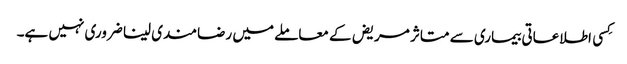
کِسی اطلاعاتی بیماری سے متاثر مریض کے معاملے میں رضامندی لینا ضروری نہیں ہے۔